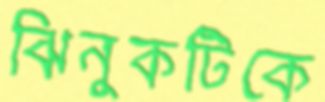
ঝিনুকটিকে